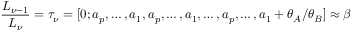
\frac { L _ { \nu - 1 } } { L _ { \nu } } = \tau _ { \nu } = [ 0 ; a _ { p } , \ldots , a _ { 1 } , a _ { p } , \ldots , a _ { 1 } , \ldots , a _ { p } , \ldots , a _ { 1 } + \theta _ { A } / \theta _ { B } ] \approx \beta